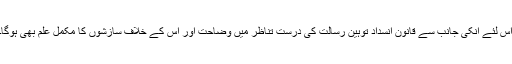
اس لئے انکی جانب سے قانونِ انسدادِ توہینِ رسالت کی درست تناظر میں وضاحت اور اس کے خلاف سازشوں کا مکمل علم بھی ہوگا۔